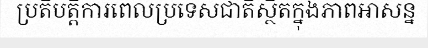
ប្រតិបត្តិការពេលប្រទេសជាតិស្ថិតក្នុងភាពអាសន្ន